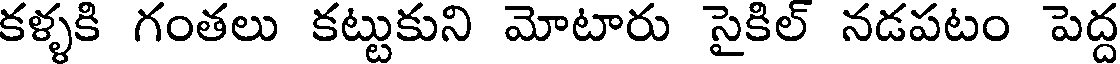
కళ్ళకి గంతలు కట్టుకుని మోటారు సైకిల్ నడపటం పెద్ద